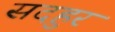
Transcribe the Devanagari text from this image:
सदहुर